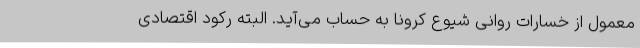
معمول از خسارات روانی شیوع کرونا به حساب می‌آید. البته رکود اقتصادی